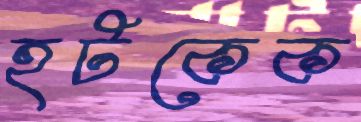
হটকেক